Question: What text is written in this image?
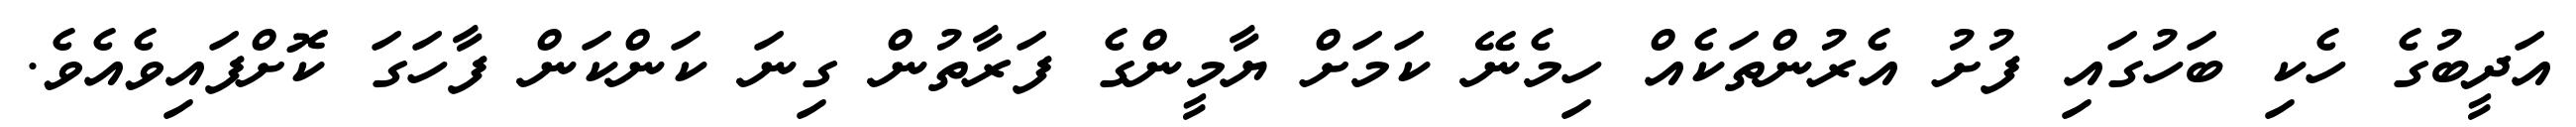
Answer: އަދީބުގެ ހެކި ބަހުގައި ފުށު އެރުންތަކެއް ހިމެނޭ ކަމަށް ޔާމީންގެ ފަރާތުން ގިނަ ކަންކަން ފާހަގަ ކޮށްފައިވެއެވެ.